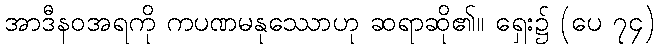
အာဒီနဝအရကို ကပဏမနုဿောဟု ဆရာဆို၏။ ရှေး၌ (ပေ ၇၄)